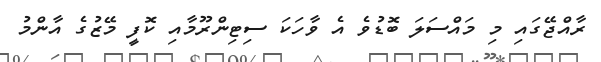
ރާއްޖޭގައި މި މައްސަލަ ބޮޑުވެ އެ ވާހަކަ ސިޓިންރޫމާއި ކޮފީ މޭޒުގެ އާންމު